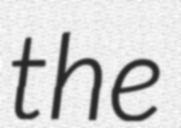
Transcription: the